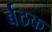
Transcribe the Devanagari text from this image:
र्बठक